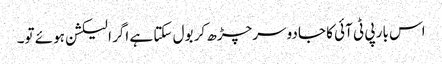
اس بار پی ٹی آئی کا جادو سرچڑھ کر بول سکتا ہے اگر الیکشن ہوئے تو۔